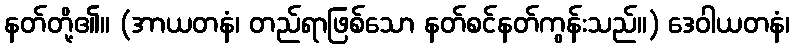
နတ်တို့၏။ (အာယတနံ၊ တည်ရာဖြစ်သော နတ်စင်နတ်ကွန်းသည်။) ဒေဝါယတနံ၊